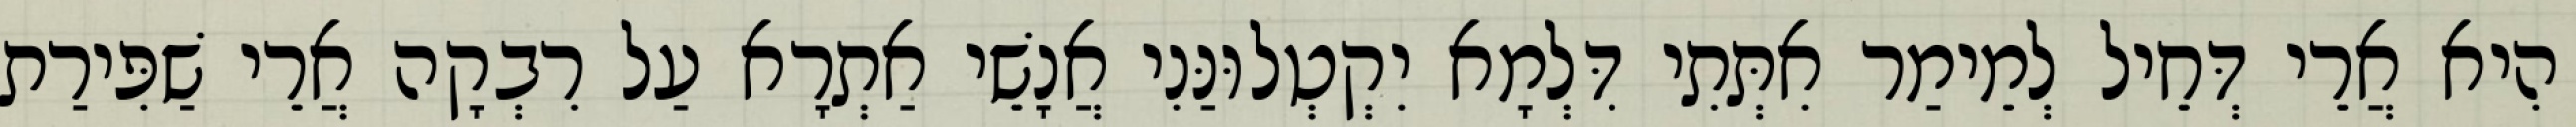
הִיא אֲרֵי דְּחֵיל לְמֵימַר אִתְּתִי דִּלְמָא יִקְטְלוּנַּנִי אֲנָשֵׁי אַתְרָא עַל רִבְקָה אֲרֵי שַׁפִּירַת